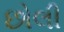
છોલી